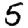
Digit: 5